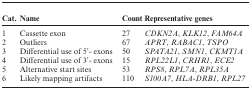
<table><thead><tr><td><b>Cat.</b></td><td><b>Name</b></td><td><b>Count</b></td><td><b>Representative genes</b></td></tr></thead><tbody><tr><td>1</td><td>Cassette exon</td><td>27</td><td><i>CDKN2A</i>, <i>KLK12</i>, <i>FAM64A</i></td></tr><tr><td>2</td><td>Outliers</td><td>67</td><td><i>APRT</i>, <i>RABAC1</i>, <i>TSPO</i></td></tr><tr><td>3</td><td>Differential use of 5′- exons</td><td>50</td><td><i>SPATA21</i>, <i>SMN1</i>, <i>CKMT1A</i></td></tr><tr><td>4</td><td>Differential use of 3′- exons</td><td>15</td><td><i>RPL22L1</i>, <i>CRHR1</i>, <i>ECE2</i></td></tr><tr><td>5</td><td>Alternative start sites</td><td>53</td><td><i>RPS8</i>, <i>RPL7A</i>, <i>RPL35A</i></td></tr><tr><td>6</td><td>Likely mapping artifacts</td><td>110</td><td><i>S100A7</i>, <i>HLA-DRB1</i>, <i>RPL27</i></td></tr></tbody></table>